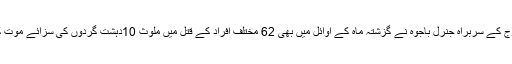
واضح رہے کہ فوج کے سربراہ جنرل باجوہ نے گزشتہ ماہ کے اوائل میں بھی 62 مختلف افراد کے قتل میں ملوث 10دہشت گردوں کی سزائے موت کی توثیق کی تھی۔